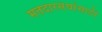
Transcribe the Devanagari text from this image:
मतदारसंघांसाठी